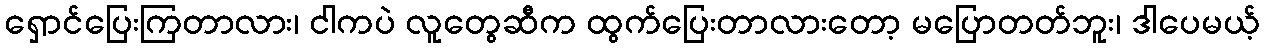
ရှောင်ပြေးကြတာလား၊ ငါကပဲ လူတွေဆီက ထွက်ပြေးတာလားတော့ မပြောတတ်ဘူး၊ ဒါပေမယ့်